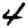
Digit: 4